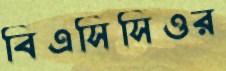
বিএসিসিওর